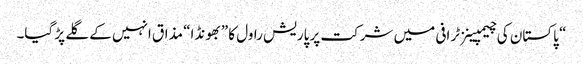
“ پاکستان کی چیمپینزٹرافی میں شرکت پر پاریش راول کا ”بھونڈا“ مذاق انہیں کے گلے پڑ گیا۔